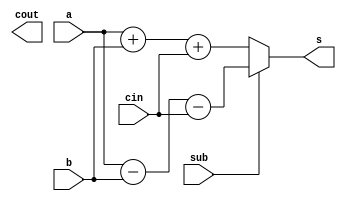
module hw8_adder2(sub, a, b, cin, s, cout);
	input sub;
	input [3:0] a, b;
	input cin;
	output [3:0] s;
	output cout;
	
	assign cin2 = sub ? ~cin : cin;
	assign {cout2, s} = sub ? a - b - cin: a + b + cin;

endmodule